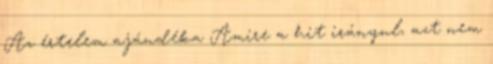
Az értelem ajándéka Amire a hit irányul, azt nem